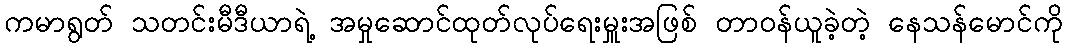
ကမာရွတ် သတင်းမီဒီယာရဲ့ အမှုဆောင်ထုတ်လုပ်ရေးမှူးအဖြစ် တာဝန်ယူခဲ့တဲ့ နေသန်မောင်ကို